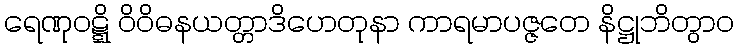
ရေဏုဝဋ္ဋိ ဝိဝိဓနယတ္တာဒိဟေတုနာ ကာရမာပဇ္ဇတေ နိဋ္ဌုဘိတွာဝ